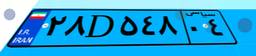
۸۷D۰۵۱۵۹